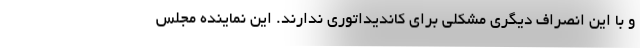
و با این انصراف دیگری مشکلی برای کاندیداتوری ندارند. این نماینده مجلس